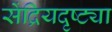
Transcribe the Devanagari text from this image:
सेंद्रियदृष्ट्या